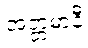
အတ္တမာနီ